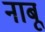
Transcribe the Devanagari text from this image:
नाबू